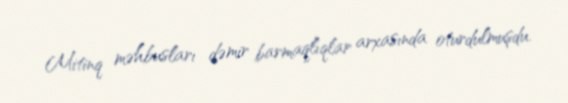
Mitinq məhbusları dəmir barmaqlıqlar arxasında oturdulmuşdu.